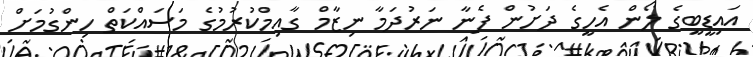
އައިޑީބީގެ ލޯން އެހީގެ ދަށުން ފެނާ ނަރުދަމާ ނިޒާމް ގާއިމްކުރުމުގެ މަސައްކަތް ހިންގުމަށް